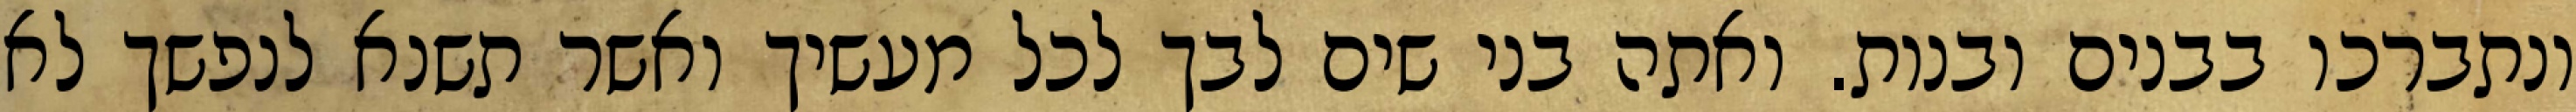
ונתברכו בבנים ובנות. ואתה בני שים לבך לכל מעשיך ואשר תשנא לנפשך לא